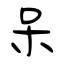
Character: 呆